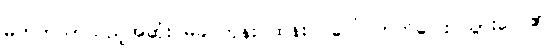
မတတ်သာသည့်အဆုံး မခင်ဘုန်း ထန်းပင်ပေါ် တက်ပြေး သွားလေ၏။